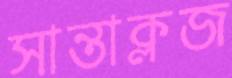
সান্তাক্লজ